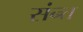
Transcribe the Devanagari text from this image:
संन्त